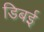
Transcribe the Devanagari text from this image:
डिबई